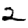
Digit: 2